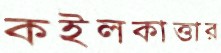
কইলকাত্তার